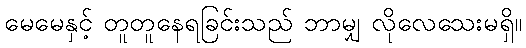
မေမေနှင့် တူတူနေရခြင်းသည် ဘာမျှ လိုလေသေးမရှိ။